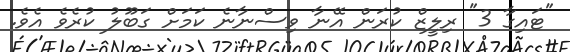
"ޓައިގާ 3" ރިލީޒް ކުރަން އޭނާ ވިސްނާނެ ކަމަށް ގަބޫލު ކުރެވެ އެވެ.